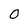
Character: O